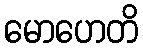
မောဟေတိ